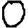
Digit: 0